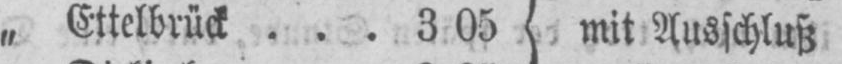
„ Ettelbrück ... 3 05 mit Ausschluß